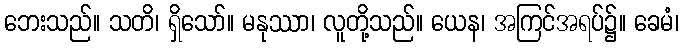
ဘေးသည်။ သတိ၊ ရှိသော်။ မနုဿာ၊ လူတို့သည်။ ယေန၊ အကြင်အရပ်၌။ ခေမံ၊